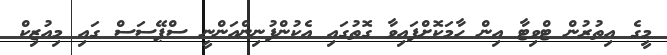
މީގެ އިތުރުން ޓްވިޓާ އިން ހާމަކޮށްފައިވާ ގޮތުގައި އެކުންފުނިންއަންނީ ސްޕޭސަސް ގައި މިއުޒިކް